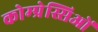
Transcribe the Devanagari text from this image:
कोम्प्रेस्सिओं